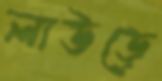
লাউড়ে